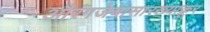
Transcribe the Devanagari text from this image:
औरंगजेबासारख्याक्रूर